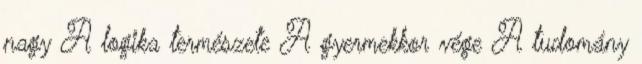
nagy A logika természete A gyermekkor vége A tudomány